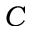
C